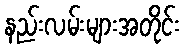
နည်းလမ်းများအတိုင်း